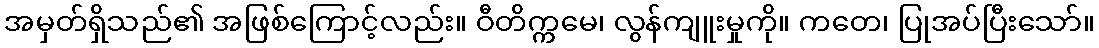
အမှတ်ရှိသည်၏ အဖြစ်ကြောင့်လည်း။ ဝီတိက္ကမေ၊ လွန်ကျူးမှုကို။ ကတေ၊ ပြုအပ်ပြီးသော်။